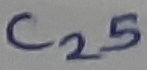
Text: C25